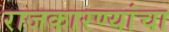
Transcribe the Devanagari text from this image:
राजकारण्यांचा